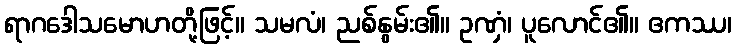
ရာဂဒေါသမောဟတို့ဖြင့်။ သမလံ၊ ညစ်နွမ်း၏။ ဥဏှံ၊ ပူလောင်၏။ ဧကဿ၊